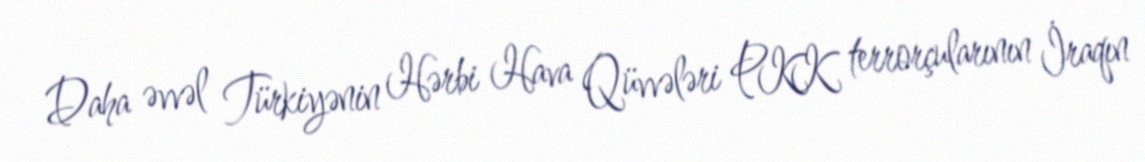
Daha əvvəl Türkiyənin Hərbi Hava Qüvvələri PKK terrorçularının İraqın